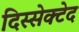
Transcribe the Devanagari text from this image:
दिस्सेक्टेद